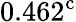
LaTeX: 0.462^{\mathrm{c}}